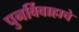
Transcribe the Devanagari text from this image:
पुनर्विवाहाचे